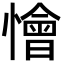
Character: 懀